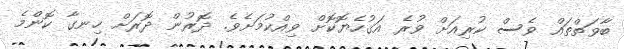
ބާވަތްތައް ވެސް ކުރިއަށް ވުރެ އަގުހެޔޮކޮށް ވިއްކުމަށެވެ. ދޮރުން ދޮރަށް ހިނގާ ކޮންމެ